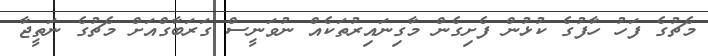
މެޗުގެ ފަހު ހާފުގެ ކުޅުން ފެށިގެން މާގިނައިރުތަކެއް ނުވަނީސް ގަރަބާގްއަށް މެޗުގެ ނަތީޖާ